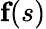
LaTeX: \textbf{f}(s)